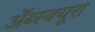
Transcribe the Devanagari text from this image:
ॲब्स्क्यूरा